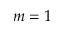
m = 1